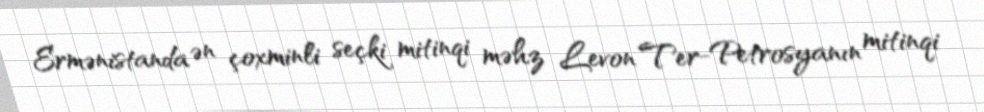
Ermənistanda ən çoxminli seçki mitinqi məhz Levon Ter-Petrosyanın mitinqi